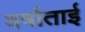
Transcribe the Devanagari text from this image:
वर्षाताई